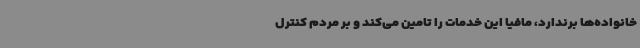
خانواده‌ها برندارد، مافیا این خدمات را تامین می‌کند و بر مردم کنترل